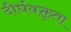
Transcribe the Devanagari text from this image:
दीर्घवक्तृता